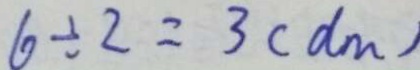
6 \div 2 = 3 ( d m )